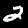
Digit: 2